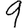
Digit: 9